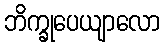
ဘိက္ခုပေယျာလော